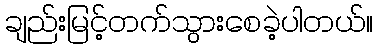
ချည်းမြင့်တက်သွားစေခဲ့ပါတယ်။